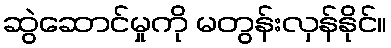
ဆွဲဆောင်မှုကို မတွန်းလှန်နိုင်။